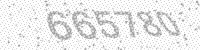
Solution: 665780